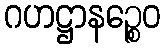
ဂဟဋ္ဌာနဉ္စေဝ